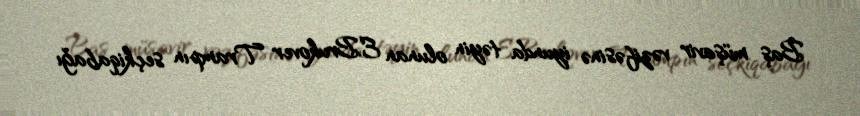
Baş müşavir vəzifəsinə iyunda təyin olunan E.Brukover Trampın seçkiqabağı